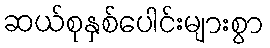
ဆယ်စုနှစ်ပေါင်းများစွာ